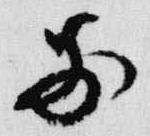
前